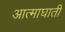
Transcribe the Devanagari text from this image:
आत्माघाती